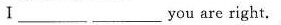
Ⅰ___ you are right.